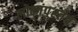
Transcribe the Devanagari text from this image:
लोकांपुरतेच